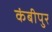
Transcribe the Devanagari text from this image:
कंबीपुर